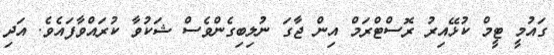
ގައުމީ ޓީމް ކުޅޭއިރު ރޮސްޓްރަމް އިން ޖާގަ ނުލިބިގެންވެސް ޝަކުވާ ކުރައްވާފައެވެ. އަދި